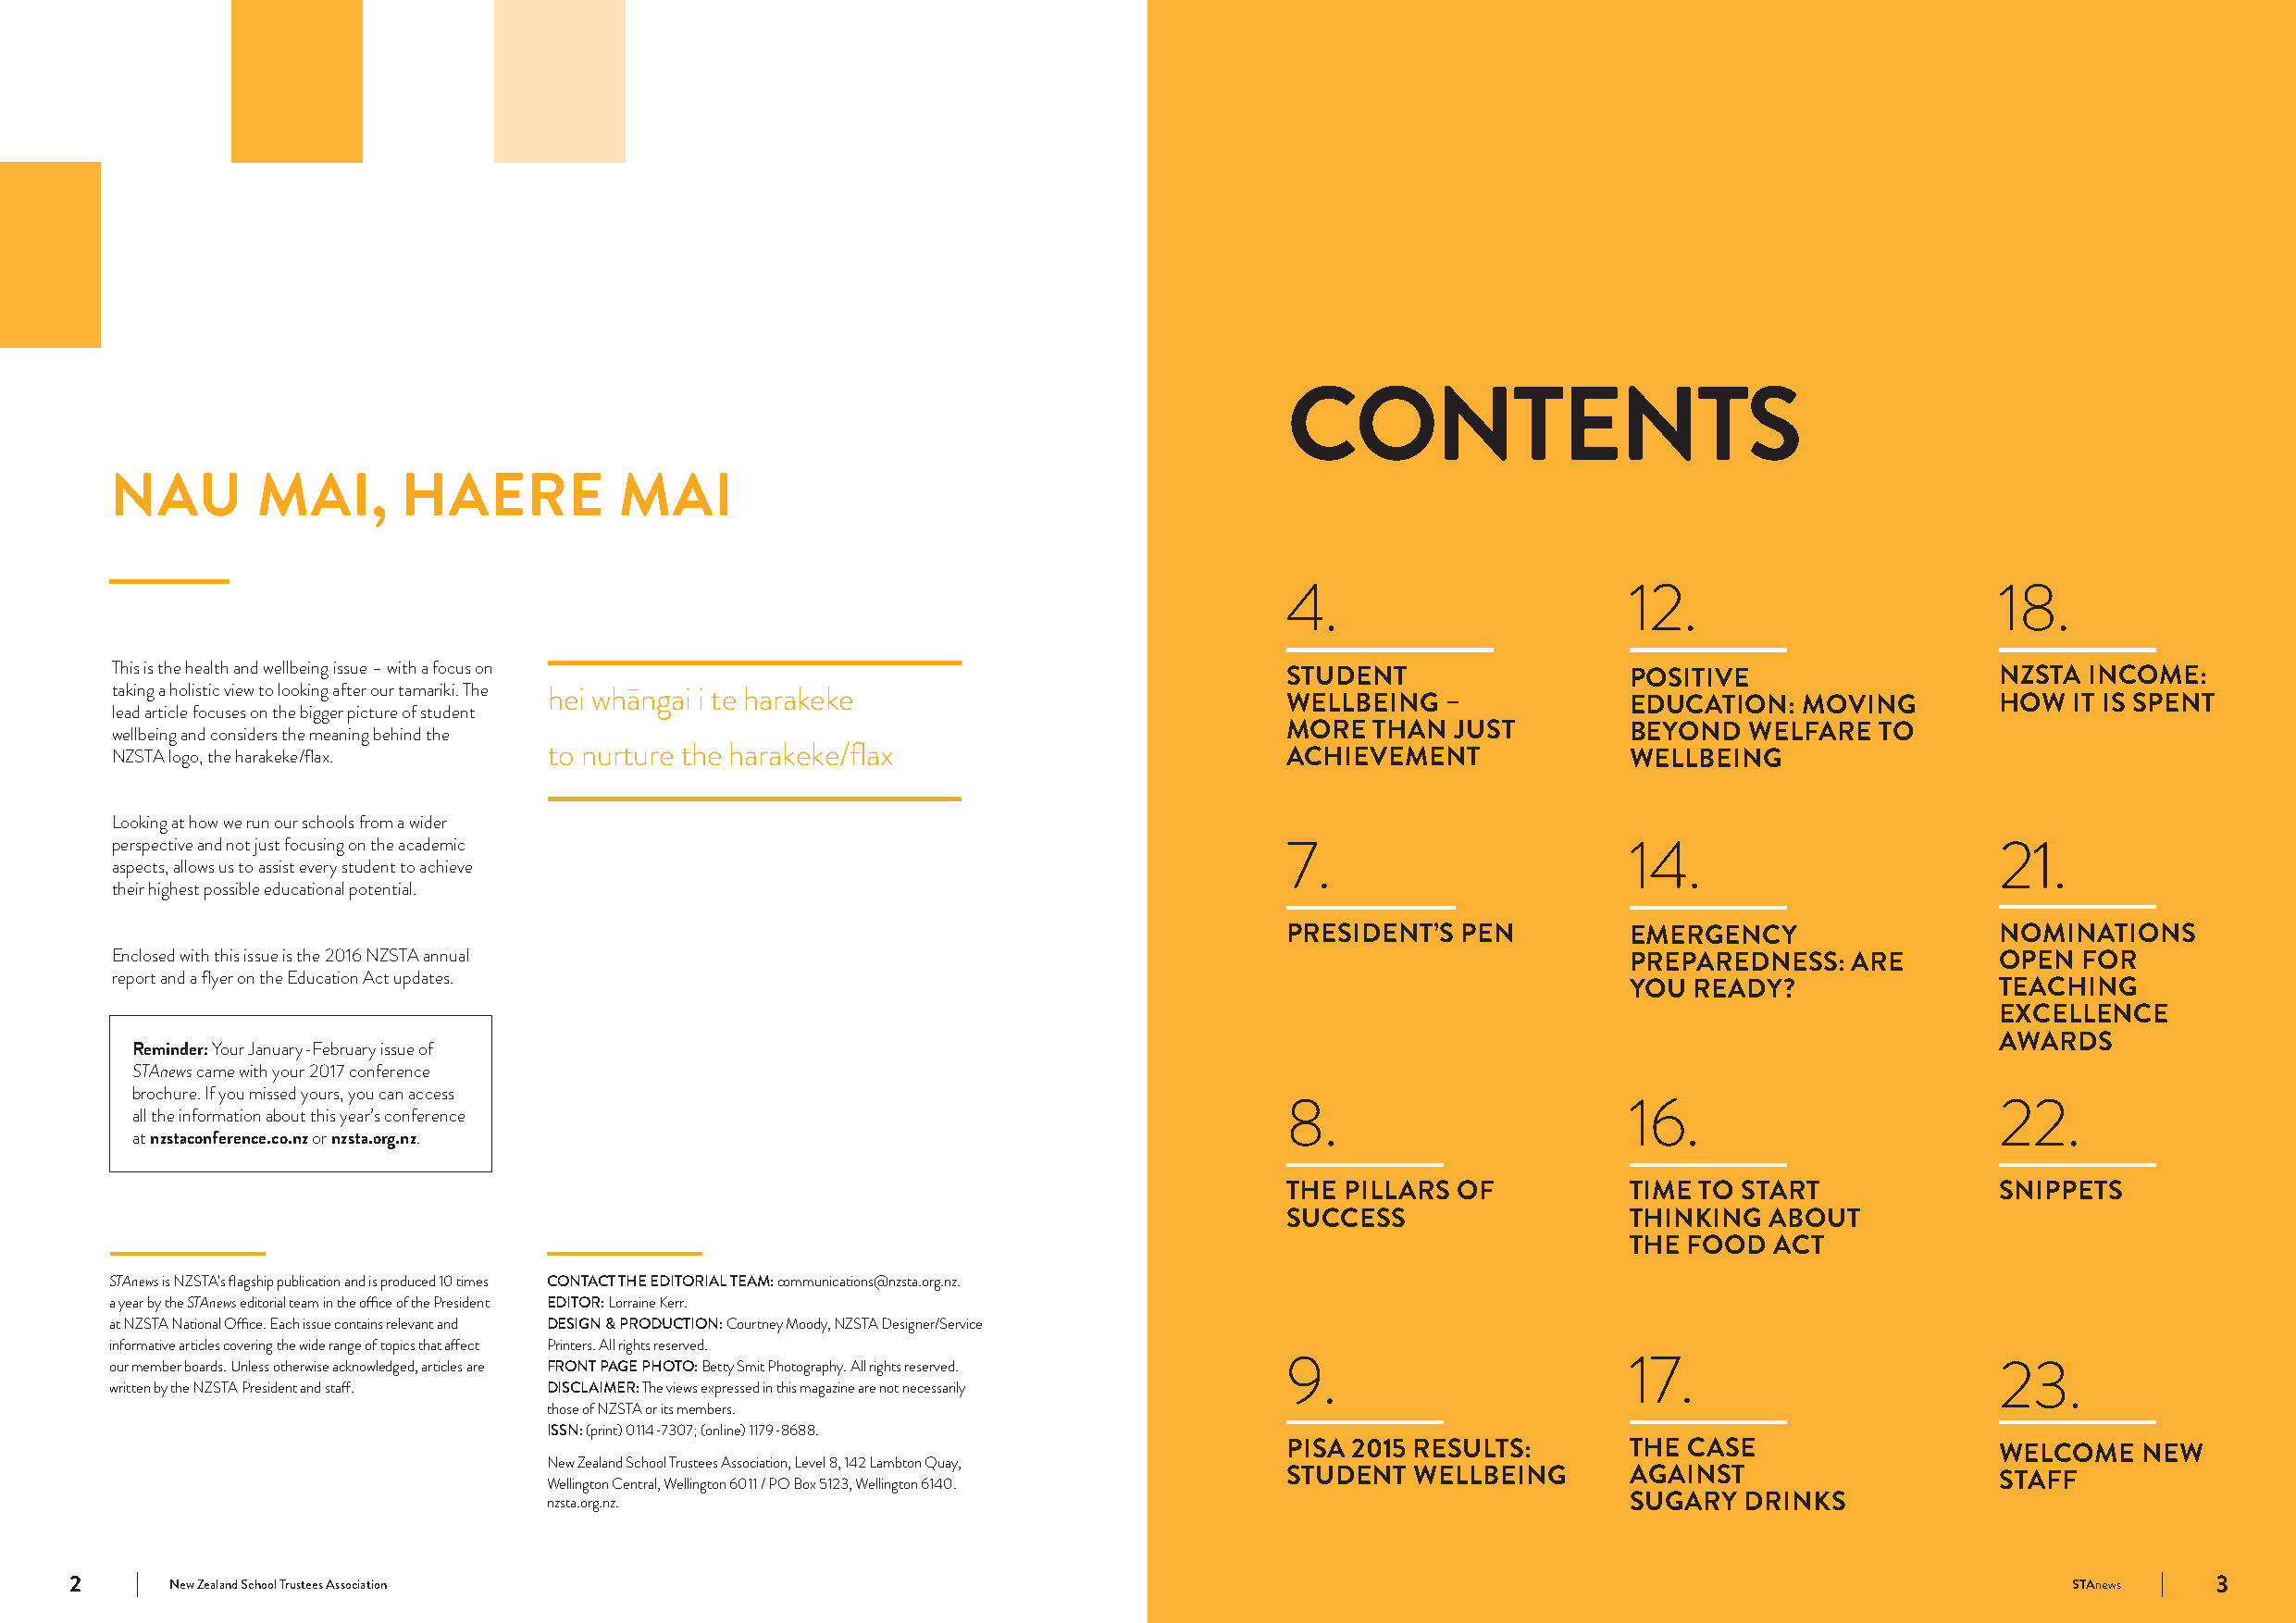
CONTENTS
 NAU       MAI,       HAERE          MAI
 4.                       12.                       18.
 This is the health and wellbeing issue – with a focus on
 STUDENT                  POSITIVE                  NZSTA INCOME:
 taking a holistic view to looking after our tamariki. The hei whāngai i te harakeke
 WELLBEING  –             EDUCATION:  MOVING        HOW  IT IS SPENT
 lead article focuses on the bigger picture of student
 wellbeing and considers the meaning behind the                                      MORE  THAN  JUST         BEYOND  WELFARE  TO
 NZSTA logo, the harakeke/flax. to nurture the harakeke/flax                         ACHIEVEMENT              WELLBEING
 Looking at how we run our schools from a wider
 perspective and not just focusing on the academic                                   7.                       14.                       21.
 aspects, allows us to assist every student to achieve
 their highest possible educational potential.
 PRESIDENT’S PEN          EMERGENCY                 NOMINATIONS
 Enclosed with this issue is the 2016 NZSTA annual                                                            PREPAREDNESS:  ARE        OPEN  FOR
 report and a flyer on the Education Act updates.
 YOU READY?                TEACHING
 EXCELLENCE
 AWARDS
 Reminder: Your January-February issue of
 STAnews came with your 2017 conference
 brochure. If you missed yours, you can access
 8.                       16.                       22.
 all the information about this year’s conference
 at nzstaconference.co.nz or nzsta.org.nz.
 THE PILLARS OF           TIME TO START             SNIPPETS
 SUCCESS                  THINKING  ABOUT
 THE FOOD  ACT
 STAnews is NZSTA’s flagship publication and is produced 10 times CONTACT THE EDITORIAL TEAM: communications@nzsta.org.nz.
 a year by the STAnews editorial team in the office of the President EDITOR: Lorraine Kerr.
 at NZSTA National Office. Each issue contains relevant and DESIGN & PRODUCTION: Courtney Moody, NZSTA Designer/Service
 informative articles covering the wide range of topics that affect Printers. All rights reserved.
 our member boards. Unless otherwise acknowledged, articles are FRONT PAGE PHOTO: Betty Smit Photography. All rights reserved. 9. 17.   23.
 written by the NZSTA President and staff. DISCLAIMER: The views expressed in this magazine are not necessarily
 those of NZSTA or its members.
 ISSN: (print) 0114-7307; (online) 1179-8688.
 PISA 2015 RESULTS:       THE CASE                  WELCOME   NEW
 New Zealand School Trustees Association, Level 8, 142 Lambton Quay,
 STUDENT  WELLBEING       AGAINST                   STAFF
 Wellington Central, Wellington 6011 / PO Box 5123, Wellington 6140.
 nzsta.org.nz.                                                                 SUGARY  DRINKS
 2      New Zealand School Trustees Association                                                                                                 STAnews   3